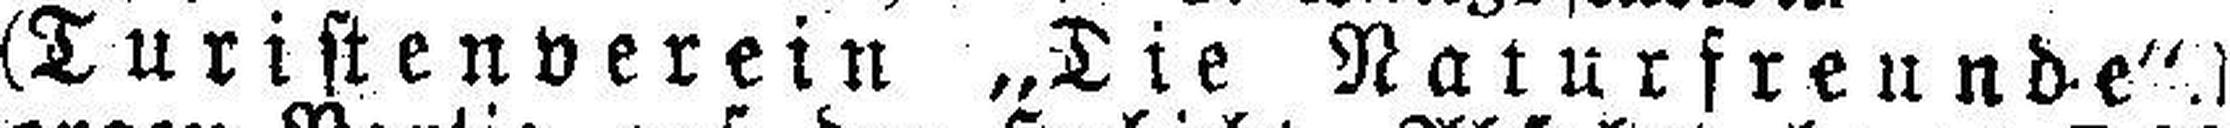
(Turistenverein „Die Naturfreunde“.)